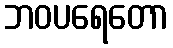
ဘဝပရေတော